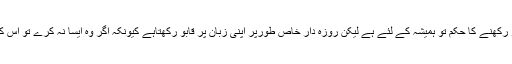
اب دیکھو زبان پر قابو رکھنے کا حکم تو ہمیشہ کے لئے ہے لیکن روزہ دار خاص طورپر اپنی زبان پر قابو رکھتاہے کیونکہ اگر وہ ایسا نہ کرے تو اس کاروزہ ٹوٹ جاتاہے ‘‘۔